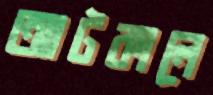
আটকালে